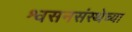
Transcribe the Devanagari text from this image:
श्वसनसंस्थेच्या